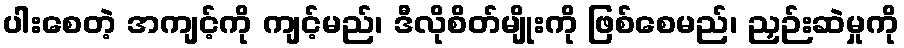
ပါးစေတဲ့ အကျင့်ကို ကျင့်မည်၊ ဒီလိုစိတ်မျိုးကို ဖြစ်စေမည်၊ ညှဉ်းဆဲမှုကို